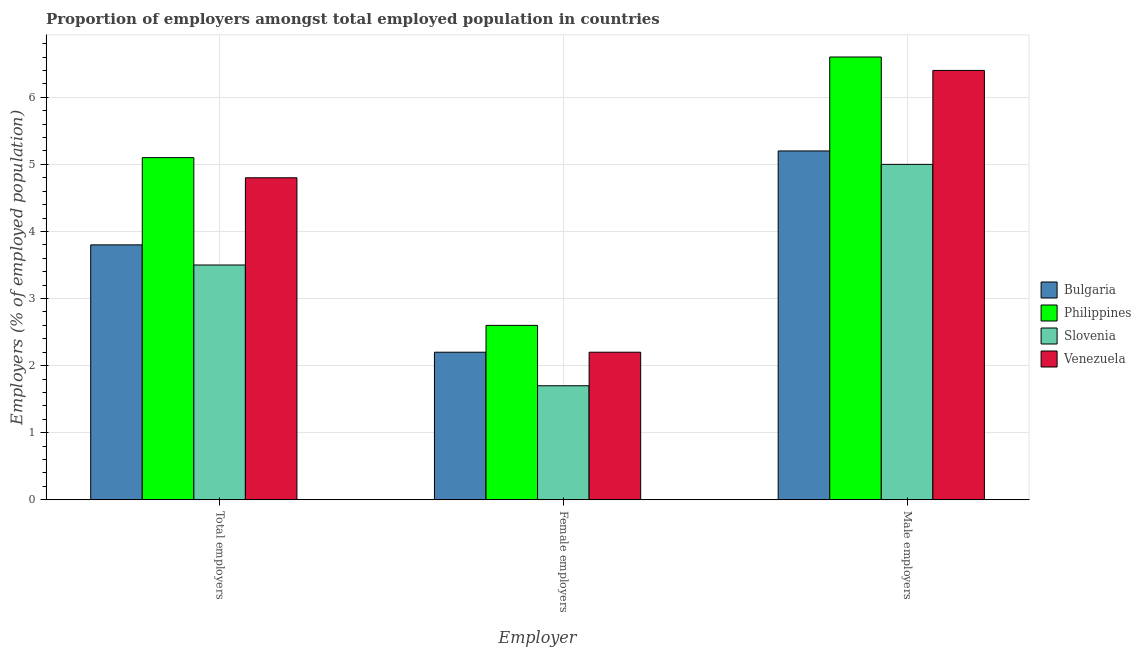
| Employer | Bulgaria | Philippines | Slovenia | Venezuela |
 | --- | --- | --- | --- | --- |
 | Total employers | 3.8 | 5.1 | 3.5 | 4.8 |
 | Female employers | 2.2 | 2.6 | 1.7 | 2.2 |
 | Male employers | 5.2 | 6.6 | 5 | 6.4 |